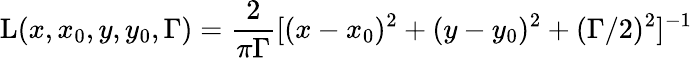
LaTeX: \mathrm{L}(x,x_{0},y,y_{0},\Gamma)=\frac{2}{\pi\Gamma}[(x-x_{0})^{2}+(y-y_{0})^{2}+(\Gamma/2)^{2}]^{-1}